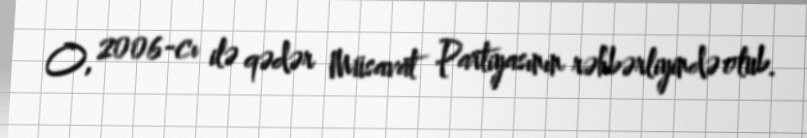
O, 2006-cı ilə qədər Müsavat Partiyasının rəhbərliyində olub.